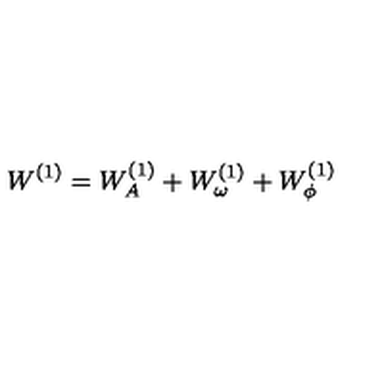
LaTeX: W ^ { ( 1 ) } = W _ { A } ^ { ( 1 ) } + W _ { \omega } ^ { ( 1 ) } + W _ { \phi } ^ { ( 1 ) }